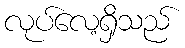
လုပ်လေ့ရှိသည်